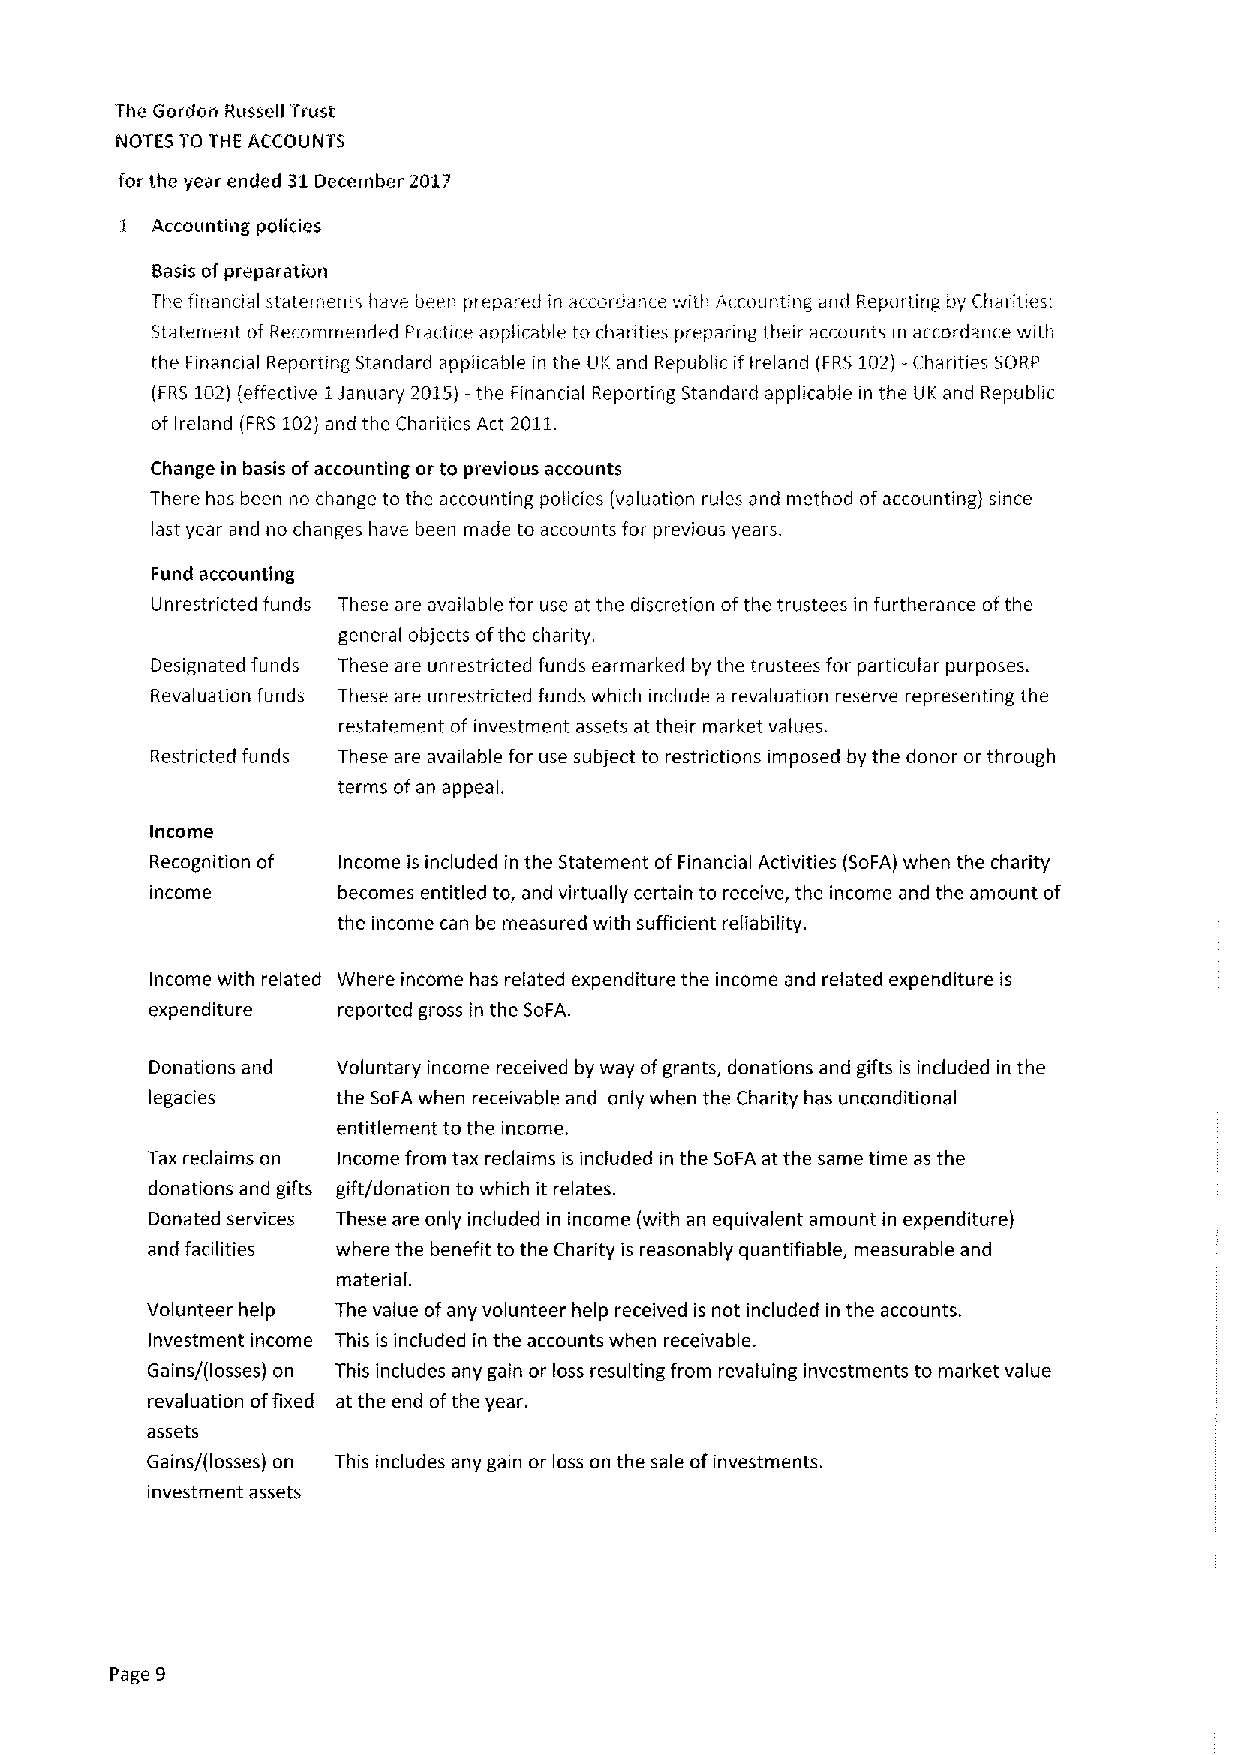
The Gordori Russell 'ii'ust
 NOTES TO THE ACCOUNTS
 for the year ended 31December 2017
 I Accounting policies
 Basis ofpreparation
 The finanoal statements have been prepared in accordance with Accounting and Reporting by Ciiaiities.
 Statement of Recorrimended Practice applicable to charities prepanng their accounts in accordanre with
 the Finanaal Reporting Standard applicable in the UK and Republic if Ireland (FRS 102)—Charities SORP
 (FRS 102)(effective 1January 201S)—the Financial Reporting Standard applicable in the UK and Republic
 of Ireland (FRS 102)and the Charities Act 2011.
 Change in basis ofaccounting or to previous accounts
 There has been no change to the accounting policies (valuation rules and method ofaccounting) since
 last year and no changes have been made to accounts for previous years.
 Fund accounting
 Unrestricted funds These are available for use at the discretion ofthe trustees in furtherance ofthe
 general objects ofthe chanty.
 Designated funds These are unrestricted funds earmarked by the trustees for particular purposes.
 Revaluation funds These are unrestricted funds which include a revaluation reserve representing the
 restatement ofinvestment assets at their market values.
 Restricted funds These are available for use subject to restrictions imposed by the donor or through
 terms ofan appeal.
 Income
 Recognition of Income is included in the Statement ofFinancial Activities (SoFA) when the charity
 income      becomes entitled to, and virtually certain to receive, the income and the amount of
 the income can be measured with sufficient reliability.
 Income with related Where income has related expenditure the income and related expenditure is
 expenditure reported gross in the SoFA.
 Donations and Voluntary income received by way ofgrants, donations and gifts is included in the
 legacies    the SoFA when receivable and only when the Charity has unconditional
 entitlement to the income.
 Tax reclaims on Income from tax reclaims is included in the SoFA at the same time as the
 donations and gifts gift/donation to which it relates.
 Donated services These are only included in income (with an equivalent amount in expenditure)
 and facilities where the benefit to the Charity is reasonably quantifiable, measurable and
 material.
 Volunteer help The value ofany volunteer help received is not included in the accounts.
 Investment income This is included in the accounts when receivable.
 Gains/(losses) on This includes any gain or loss resulting from revaluing investments to market value
 revaluation offixed at the end ofthe year.
 assets
 Gains/(losses) on This includes any gain or loss on the sale ofinvestments.
 investment assets
 Page 9